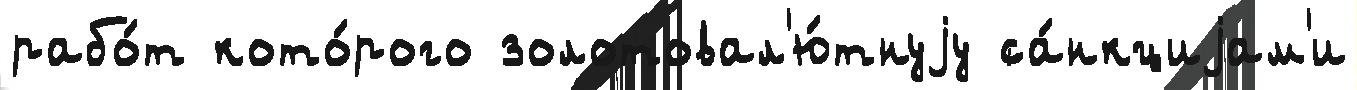
рабо́т кото́рого золотовал'ю́тнуjу са́нкциjам'и